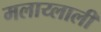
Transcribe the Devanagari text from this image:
मलाय्लाली